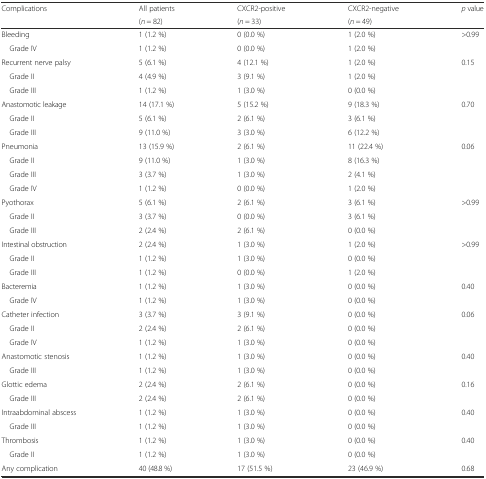
<table><thead><tr><td rowspan="2"><b>Complications</b></td><td><b>All patients</b></td><td><b>CXCR2-positive</b></td><td><b>CXCR2-negative</b></td><td><b><i>p</i> value</b></td></tr><tr><td><b>(<i>n</i> = 82)</b></td><td><b>(<i>n</i> = 33)</b></td><td><b>(<i>n</i> = 49)</b></td><td></td></tr></thead><tbody><tr><td>Bleeding</td><td>1 (1.2 %)</td><td>0 (0.0 %)</td><td>1 (2.0 %)</td><td>&gt;0.99</td></tr><tr><td> Grade IV</td><td>1 (1.2 %)</td><td>0 (0.0 %)</td><td>1 (2.0 %)</td><td></td></tr><tr><td>Recurrent nerve palsy</td><td>5 (6.1 %)</td><td>4 (12.1 %)</td><td>1 (2.0 %)</td><td>0.15</td></tr><tr><td> Grade II</td><td>4 (4.9 %)</td><td>3 (9.1 %)</td><td>1 (2.0 %)</td><td></td></tr><tr><td> Grade III</td><td>1 (1.2 %)</td><td>1 (3.0 %)</td><td>0 (0.0 %)</td><td></td></tr><tr><td>Anastomotic leakage</td><td>14 (17.1 %)</td><td>5 (15.2 %)</td><td>9 (18.3 %)</td><td>0.70</td></tr><tr><td> Grade II</td><td>5 (6.1 %)</td><td>2 (6.1 %)</td><td>3 (6.1 %)</td><td></td></tr><tr><td> Grade III</td><td>9 (11.0 %)</td><td>3 (3.0 %)</td><td>6 (12.2 %)</td><td></td></tr><tr><td>Pneumonia</td><td>13 (15.9 %)</td><td>2 (6.1 %)</td><td>11 (22.4 %)</td><td>0.06</td></tr><tr><td> Grade II</td><td>9 (11.0 %)</td><td>1 (3.0 %)</td><td>8 (16.3 %)</td><td></td></tr><tr><td> Grade III</td><td>3 (3.7 %)</td><td>1 (3.0 %)</td><td>2 (4.1 %)</td><td></td></tr><tr><td> Grade IV</td><td>1 (1.2 %)</td><td>0 (0.0 %)</td><td>1 (2.0 %)</td><td></td></tr><tr><td>Pyothorax</td><td>5 (6.1 %)</td><td>2 (6.1 %)</td><td>3 (6.1 %)</td><td>&gt;0.99</td></tr><tr><td> Grade II</td><td>3 (3.7 %)</td><td>0 (0.0 %)</td><td>3 (6.1 %)</td><td></td></tr><tr><td> Grade III</td><td>2 (2.4 %)</td><td>2 (6.1 %)</td><td>0 (0.0 %)</td><td></td></tr><tr><td>Intestinal obstruction</td><td>2 (2.4 %)</td><td>1 (3.0 %)</td><td>1 (2.0 %)</td><td>&gt;0.99</td></tr><tr><td> Grade II</td><td>1 (1.2 %)</td><td>1 (3.0 %)</td><td>0 (0.0 %)</td><td></td></tr><tr><td> Grade III</td><td>1 (1.2 %)</td><td>0 (0.0 %)</td><td>1 (2.0 %)</td><td></td></tr><tr><td>Bacteremia</td><td>1 (1.2 %)</td><td>1 (3.0 %)</td><td>0 (0.0 %)</td><td>0.40</td></tr><tr><td> Grade IV</td><td>1 (1.2 %)</td><td>1 (3.0 %)</td><td>0 (0.0 %)</td><td></td></tr><tr><td>Catheter infection</td><td>3 (3.7 %)</td><td>3 (9.1 %)</td><td>0 (0.0 %)</td><td>0.06</td></tr><tr><td> Grade II</td><td>2 (2.4 %)</td><td>2 (6.1 %)</td><td>0 (0.0 %)</td><td></td></tr><tr><td> Grade IV</td><td>1 (1.2 %)</td><td>1 (3.0 %)</td><td>0 (0.0 %)</td><td></td></tr><tr><td>Anastomotic stenosis</td><td>1 (1.2 %)</td><td>1 (3.0 %)</td><td>0 (0.0 %)</td><td>0.40</td></tr><tr><td> Grade III</td><td>1 (1.2 %)</td><td>1 (3.0 %)</td><td>0 (0.0 %)</td><td></td></tr><tr><td>Glottic edema</td><td>2 (2.4 %)</td><td>2 (6.1 %)</td><td>0 (0.0 %)</td><td>0.16</td></tr><tr><td> Grade III</td><td>2 (2.4 %)</td><td>2 (6.1 %)</td><td>0 (0.0 %)</td><td></td></tr><tr><td>Intraabdominal abscess</td><td>1 (1.2 %)</td><td>1 (3.0 %)</td><td>0 (0.0 %)</td><td>0.40</td></tr><tr><td> Grade III</td><td>1 (1.2 %)</td><td>1 (3.0 %)</td><td>0 (0.0 %)</td><td></td></tr><tr><td>Thrombosis</td><td>1 (1.2 %)</td><td>1 (3.0 %)</td><td>0 (0.0 %)</td><td>0.40</td></tr><tr><td> Grade II</td><td>1 (1.2 %)</td><td>1 (3.0 %)</td><td>0 (0.0 %)</td><td></td></tr><tr><td>Any complication</td><td>40 (48.8 %)</td><td>17 (51.5 %)</td><td>23 (46.9 %)</td><td>0.68</td></tr></tbody></table>